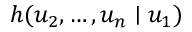
h ( u _ { 2 } , \dots , u _ { n } \mid u _ { 1 } )